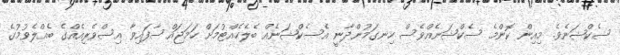
ސެކްޝަނެވެ. މިއިން ކޮންމެ ސެކްޝަނެއްވެސް ހިނގަމުންދާނީ އެސެކްޝަނެއް ބެލެހެއްޓުމަށް ހަމަޖައްސާފައިވާ އިސްވެރިއެއްގެ ބެއްލެވުމުގެ